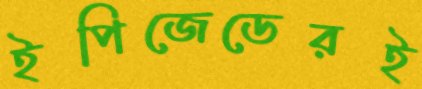
ইপিজেডেরই